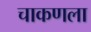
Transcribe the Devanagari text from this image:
चाकणला